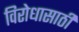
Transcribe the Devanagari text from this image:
विरोधासाठी